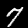
Digit: 7